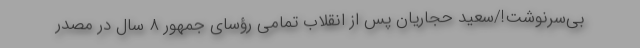
بی‌سرنوشت!/سعید حجاریان پس از انقلاب تمامی رؤسای جمهور ۸ سال در مصدر